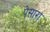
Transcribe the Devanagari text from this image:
पेसारा